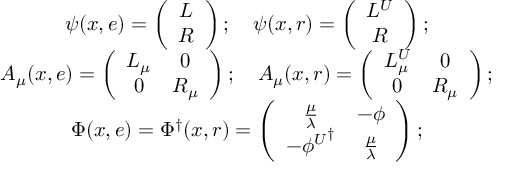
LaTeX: \begin{array} { c l } { { \psi ( x , e ) = \left( \begin{array} { c l } { { L } } \\ { { R } } \end{array} \right) ; ~ ~ ~ \psi ( x , r ) = \left( \begin{array} { c l } { { L ^ { U } } } \\ { { R } } \end{array} \right) ; } } \\ { { A _ { \mu } ( x , e ) = \left( \begin{array} { c c c } { { L _ { \mu } } } & { { 0 } } \\ { { 0 } } & { { R _ { \mu } } } \end{array} \right) ; ~ ~ ~ A _ { \mu } ( x , r ) = \left( \begin{array} { c c c } { { L _ { \mu } ^ { U } } } & { { 0 } } \\ { { 0 } } & { { R _ { \mu } } } \end{array} \right) ; } } \\ { { \Phi ( x , e ) = \Phi { ^ { \dag } } ( x , r ) = \left( \begin{array} { c c c } { { { \frac { \mu } { \lambda } } } } & { { { - \phi } } } \\ { { { - \phi ^ { U } } ^ { \dag } } } & { { { \frac { \mu } { \lambda } } } } \end{array} \right) ; } } \end{array}